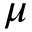
\mu